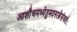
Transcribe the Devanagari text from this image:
आशौचमध्येतुमदनरत्नेसंवर्तः